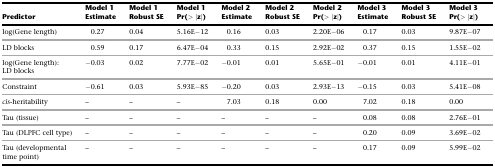
<table><thead><tr><td><b>Predictor</b></td><td><b>Model 1 Estimate</b></td><td><b>Model 1 Robust SE</b></td><td><b>Model 1 Pr(&gt; |z|)</b></td><td><b>Model 2 Estimate</b></td><td><b>Model 2 Robust SE</b></td><td><b>Model 2 Pr(&gt; |z|)</b></td><td><b>Model 3 Estimate</b></td><td><b>Model 3 Robust SE</b></td><td><b>Model 3 Pr(&gt; |z|)</b></td></tr></thead><tbody><tr><td>log(Gene length)</td><td>0.27</td><td>0.04</td><td>5.16E−12</td><td>0.16</td><td>0.03</td><td>2.20E−06</td><td>0.17</td><td>0.03</td><td>9.87E−07</td></tr><tr><td>LD blocks</td><td>0.59</td><td>0.17</td><td>6.47E−04</td><td>0.33</td><td>0.15</td><td>2.92E−02</td><td>0.37</td><td>0.15</td><td>1.55E−02</td></tr><tr><td>log(Gene length): LD blocks</td><td>−0.03</td><td>0.02</td><td>7.77E−02</td><td>−0.01</td><td>0.01</td><td>5.65E−01</td><td>−0.01</td><td>0.01</td><td>4.11E−01</td></tr><tr><td>Constraint</td><td>−0.61</td><td>0.03</td><td>5.93E−85</td><td>−0.20</td><td>0.03</td><td>2.93E−13</td><td>−0.15</td><td>0.03</td><td>5.41E−08</td></tr><tr><td><i>cis</i>-heritability</td><td>–</td><td>–</td><td>–</td><td>7.03</td><td>0.18</td><td>0.00</td><td>7.02</td><td>0.18</td><td>0.00</td></tr><tr><td>Tau (tissue)</td><td>–</td><td>–</td><td>–</td><td>–</td><td>–</td><td>–</td><td>0.08</td><td>0.08</td><td>2.76E−01</td></tr><tr><td>Tau (DLPFC cell type)</td><td>–</td><td>–</td><td>–</td><td>–</td><td>–</td><td>–</td><td>0.20</td><td>0.09</td><td>3.69E−02</td></tr><tr><td>Tau (developmental time point)</td><td>–</td><td>–</td><td>–</td><td>–</td><td>–</td><td>–</td><td>0.17</td><td>0.09</td><td>5.99E−02</td></tr></tbody></table>